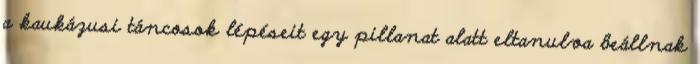
a kaukázusi táncosok lépéseit egy pillanat alatt eltanulva beállnak